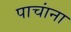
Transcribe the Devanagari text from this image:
पाचांना